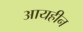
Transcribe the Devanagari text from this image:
आयहीन